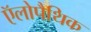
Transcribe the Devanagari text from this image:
ऍलोपैथिक